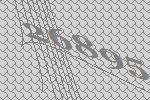
26895